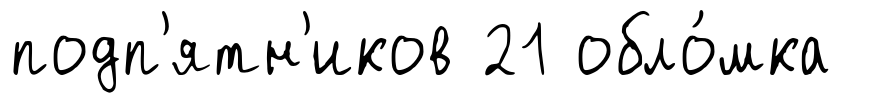
подп'ятн'иков 21 обло́мка